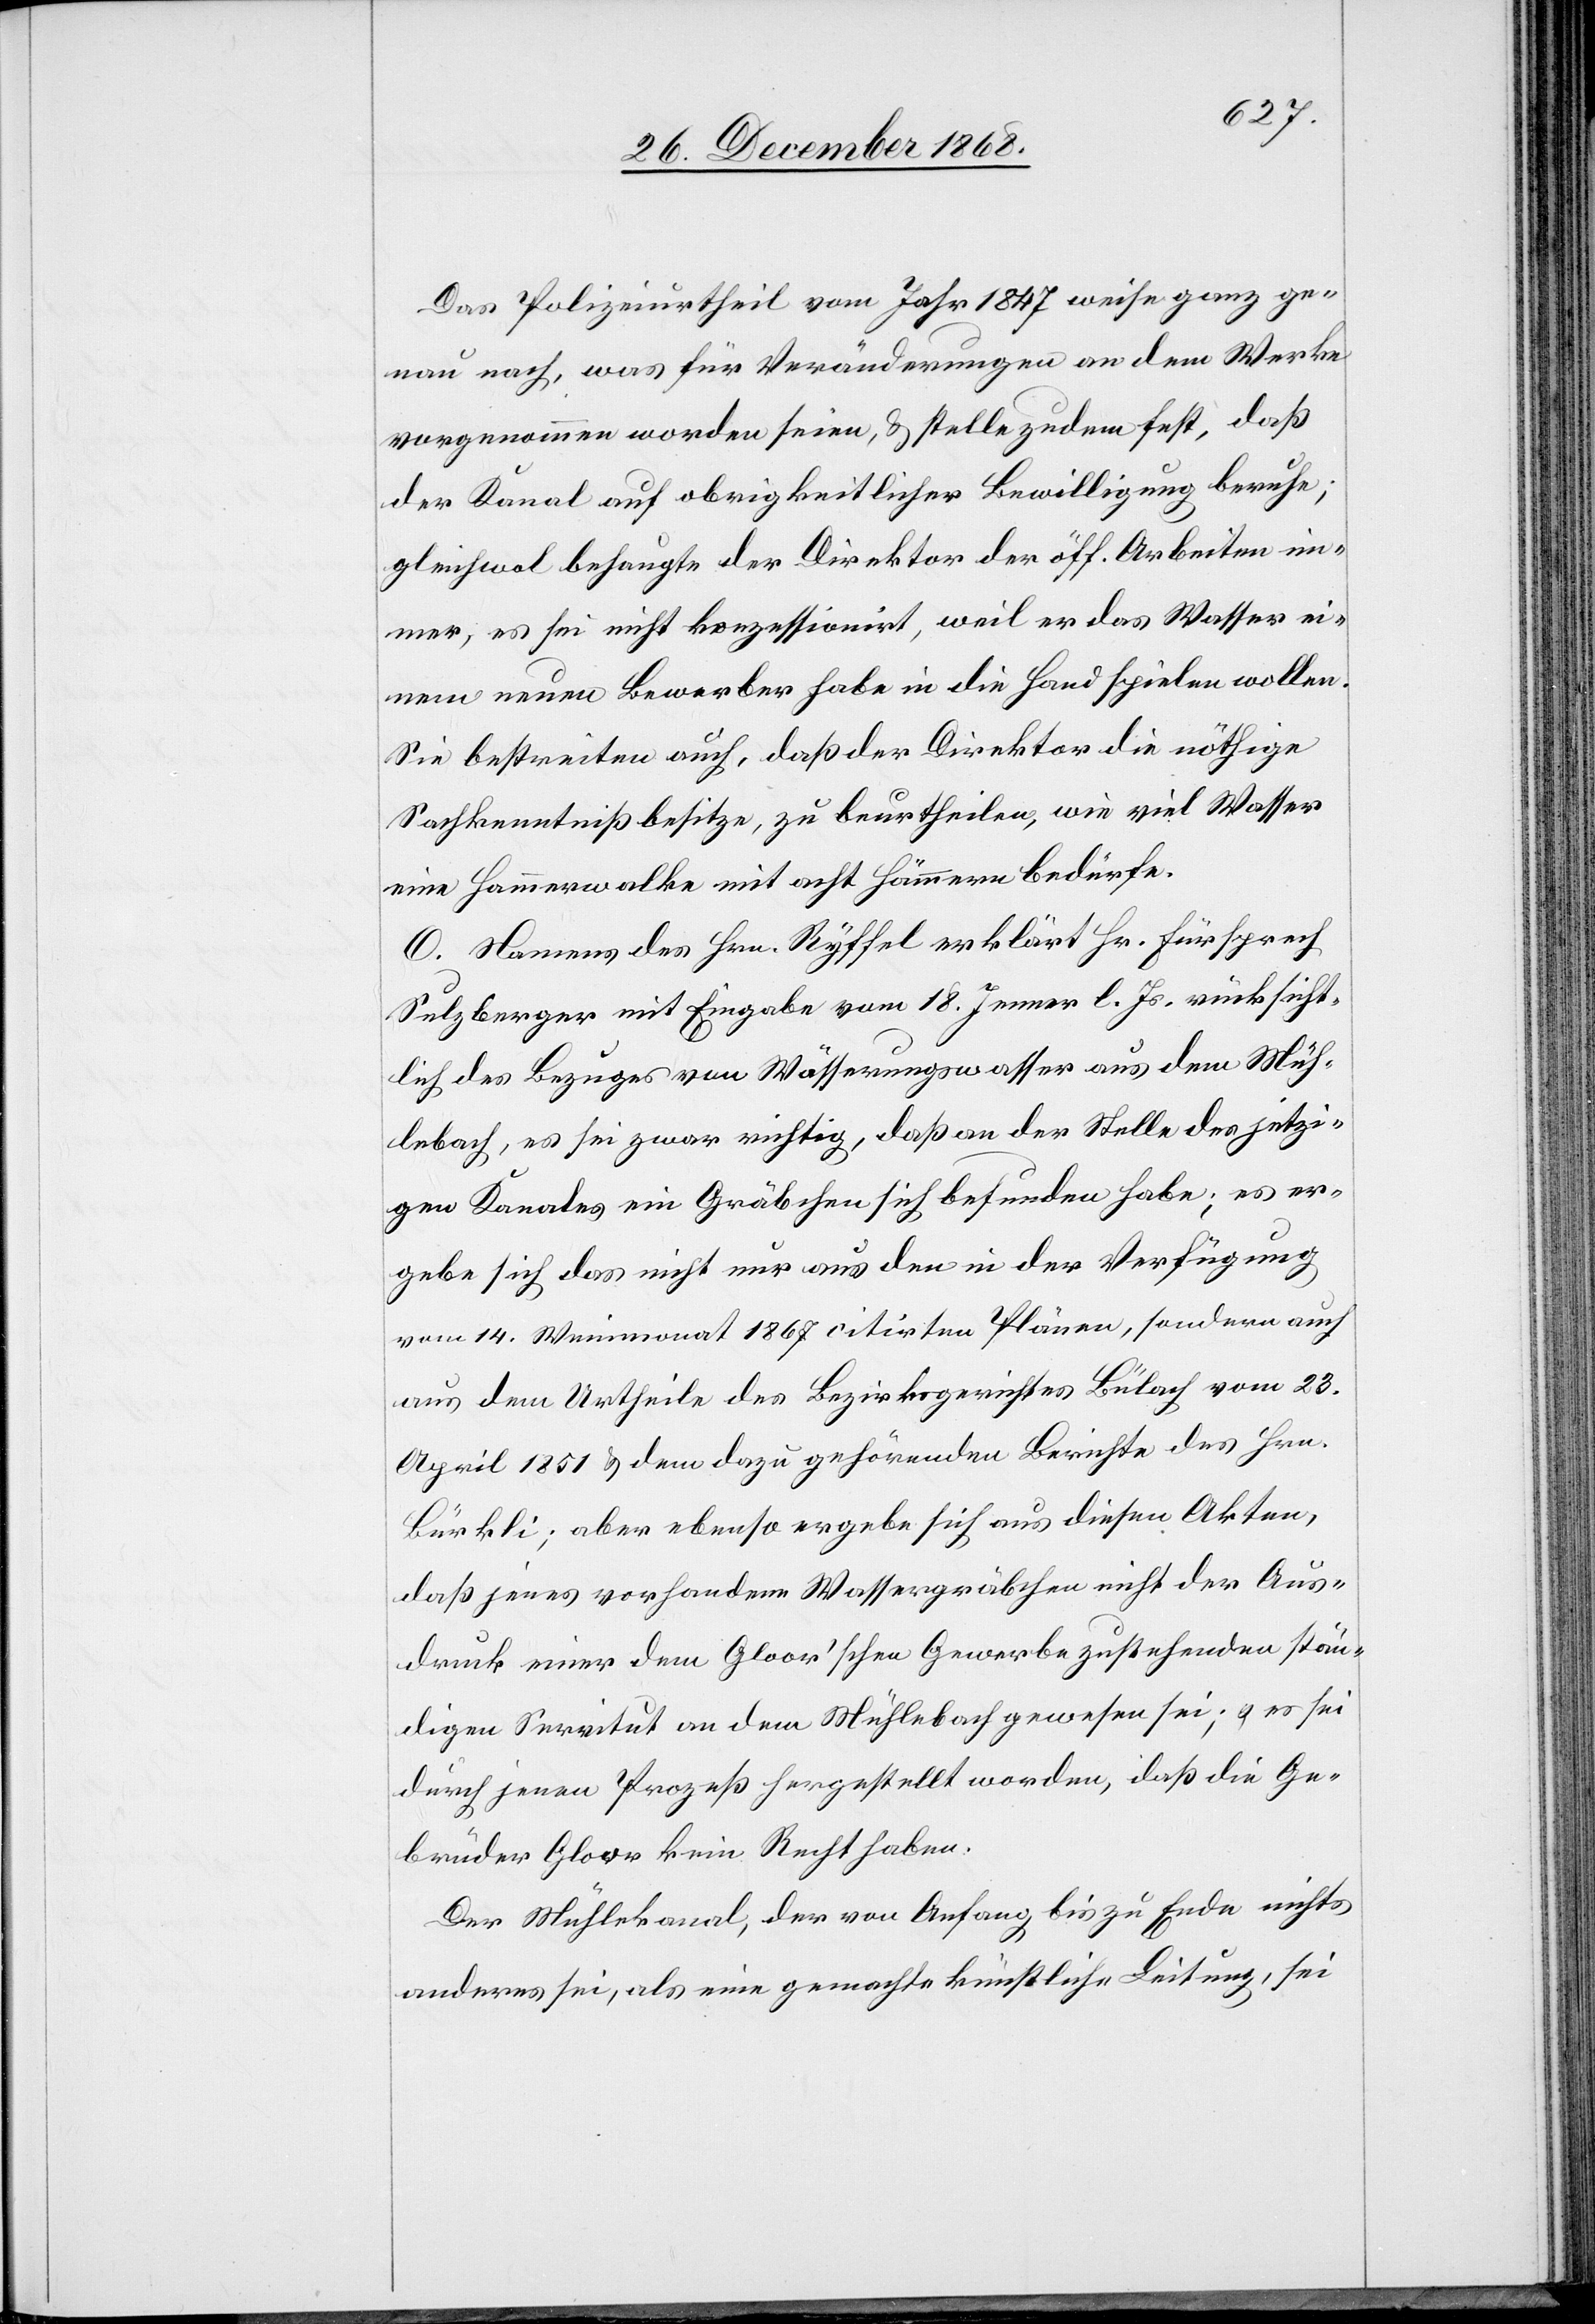
Das Polizeiurtheil vom Jahr 1847 weise ganz ge¬
nau nach, was für Veränderungen an dem Werke
vorgenommen worden seien, & stelle zudem fest, daß
der Kanal auf obrigkeitlicher Bewilligung beruhe;
gleichwol behaupte der Direktor der öff. Arbeiten im¬
mer, es sei nicht konzessionirt, weil er das Wasser ei¬
nem neuen Bewerber habe in die Hand spielen wollen.
Sie bestreiten auch, daß der Direktor die nöthige
Sachkenntniß besitze, zu beurtheilen, wie viel Wasser
eine Hammerwalke mit acht Hämmern bedürfe.
O. Namens des Hrn. Ryffel erklärt Hr. Fürsprech
Sulzberger mit Eingabe vom 18. Jenner l. Js. rücksicht¬
lich des Bezuges von Wässerungswasser aus dem Müh¬
lebach, es sei zwar richtig, daß an der Stelle des jetzi¬
gen Kanales ein Gräbchen sich befunden habe; es er¬
gebe sich das nicht nur aus den in der Verfügung
vom 14. Weinmonat 1867 citirten Plänen, sondern auch
aus dem Urtheile des Bezirksgerichtes Bülach vom 23.
April 1851 & dem dazu gehörenden Berichte des Hrn.
Bürkli; aber ebenso ergebe sich aus diesen Akten,
daß jenes vorhandene Wassergräbchen nicht der Aus¬
druck einer dem Gloor’schen Gewerbe zustehenden stän¬
digen Servitut an dem Mühlebach gewesen sei; & es sei
durch jenen Prozeß hergestellt worden, daß die Ge¬
brüder Gloor kein Recht haben.
Der Mühlekanal, der von Anfang bis zu Ende nichts
anderes sei, als eine gemachte künstliche Leitung, sei